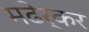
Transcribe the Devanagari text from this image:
मढेर्कर